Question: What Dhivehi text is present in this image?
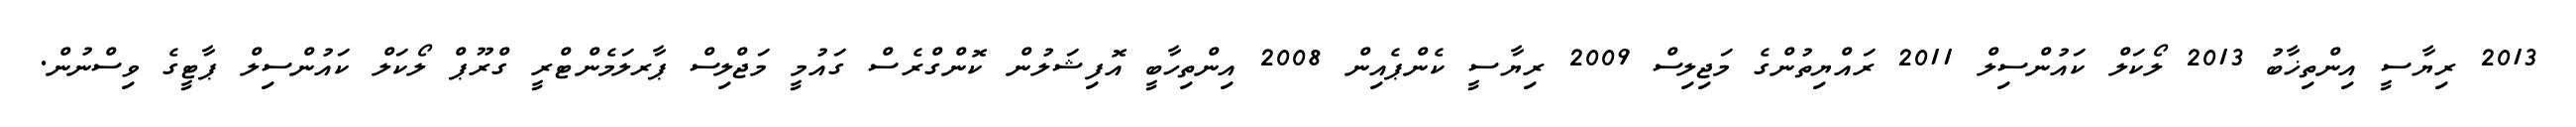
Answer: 2013 ރިޔާސީ އިންތިޚާބު 2013 ލޯކަލް ކައުންސިލް 2011 ރައްޔިތުންގެ މަޖިލިސް 2009 ރިޔާސީ ކެންޕެއިން 2008 އިންތިހާބީ އޮފިޝަލުން ކޮންގްރެސް ގައުމީ މަޖްލިސް ޕާރލަމެންޓްރީ ގްރޫޕް ލޯކަލް ކައުންސިލް ޕާޓީގެ ވިސްނުން.